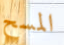
المسح